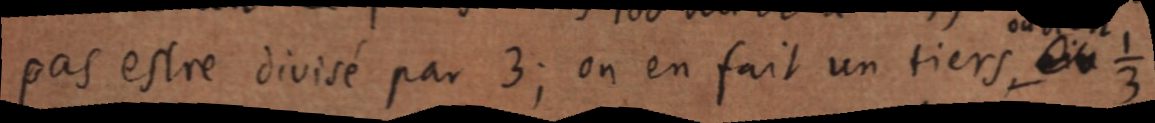
pas estre divisé par 3; on en fait un tiers ⅓